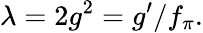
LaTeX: \lambda=2g^{2}=g^{\prime}/f_{\pi}.